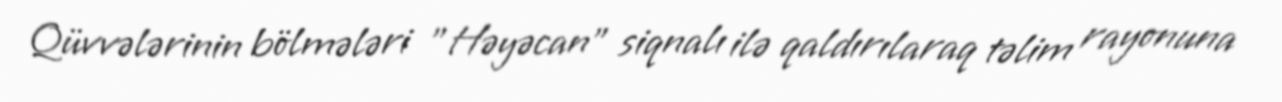
Qüvvələrinin bölmələri "Həyəcan" siqnalı ilə qaldırılaraq təlim rayonuna